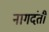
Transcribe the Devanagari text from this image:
नागदंती